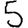
Digit: 5